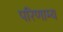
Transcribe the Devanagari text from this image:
परिणाम्य